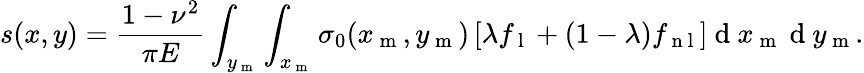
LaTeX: s(x,y)=\frac{1-\nu^{2}}{\pi E}\int_{y_{\mathrm{~m~}}}\int_{x_{\mathrm{~m~}}}\sigma_{0}(x_{\mathrm{~m~}},y_{\mathrm{~m~}})\left[\lambda f_{\mathrm{~l~}}+(1-\lambda)f_{\mathrm{~n~l~}}\right]\mathrm{~d~}x_{\mathrm{~m~}}\mathrm{~d~}y_{\mathrm{~m~}}.